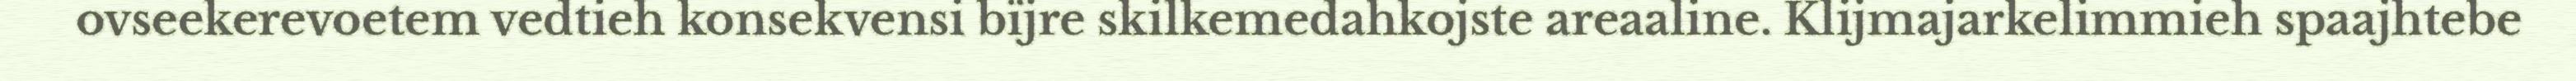
ovseekerevoetem vedtieh konsekvensi bïjre skilkemedahkojste areaaline. Klijmajarkelimmieh spaajhtebe